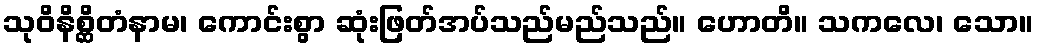
သုဝိနိစ္ဆိတံနာမ၊ ကောင်းစွာ ဆုံးဖြတ်အပ်သည်မည်သည်။ ဟောတိ။ သကလေ၊ သော။